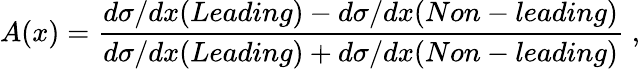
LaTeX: A(x)=\frac{d\sigma/dx(Leading)-d\sigma/dx(Non-leading)}{d\sigma/dx(Leading)+d\sigma/dx(Non-leading)}\; ,